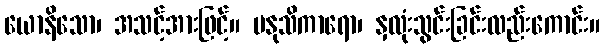
ယောနိသော၊ အသင့်အားဖြင့်။ မနုသိကာရော၊ နှလုံးသွင်းခြင်းလည်းကောင်း။